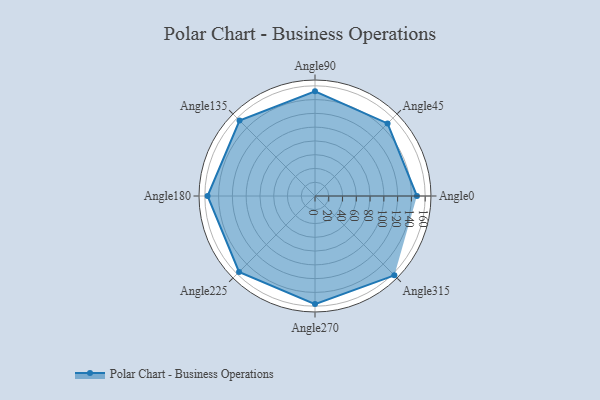
{"axis": {"x": "Angle", "y": "Radius"}, "legend": [""], "data": [{"x": "Angle0", "y": 148.0, "type": ""}, {"x": "Angle45", "y": 149.0, "type": ""}, {"x": "Angle90", "y": 152.0, "type": ""}, {"x": "Angle135", "y": 155.0, "type": ""}, {"x": "Angle180", "y": 156.0, "type": ""}, {"x": "Angle225", "y": 156.0, "type": ""}, {"x": "Angle270", "y": 157.0, "type": ""}, {"x": "Angle315", "y": 163.0, "type": ""}]}